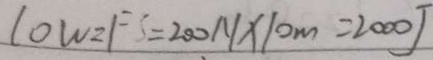
1 0 W = F S = 2 0 0 N \times 1 0 m = 2 0 0 0 J